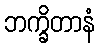
ဘက္ခိတာနံ